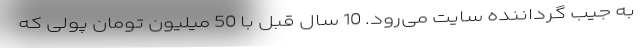
به جیب گرداننده سایت می‌رود. 10 سال قبل با 50 میلیون تومان پولی که